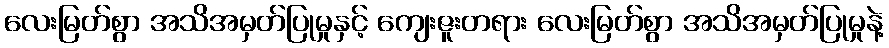
လေးမြတ်စွာ အသိအမှတ်ပြုမှုနှင့် ကျေးဇူးတရား လေးမြတ်စွာ အသိအမှတ်ပြုမှုနဲ့